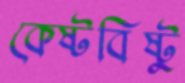
কেষ্টবিষ্টু